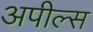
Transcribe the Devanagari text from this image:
अपील्‍स